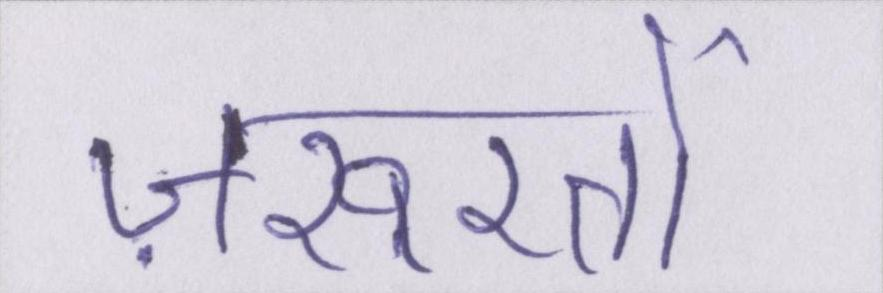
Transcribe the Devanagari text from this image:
ज़रूरतों